Report on vaccination in the Province of Bengal - 1869-1873
Year: 1869
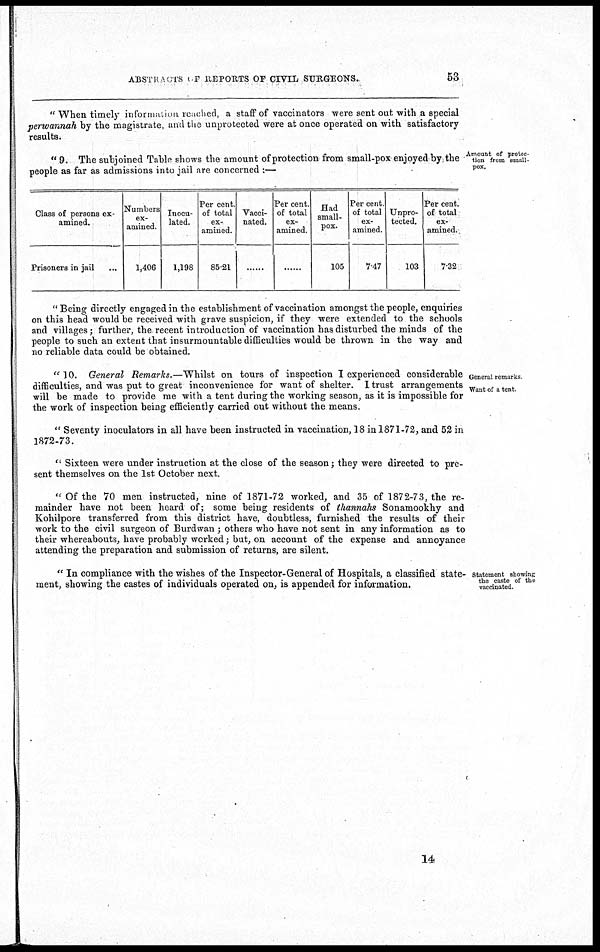
ABSTRACTS OF REPORTS OF CIVIL SURGEONS.
53
" When timely information reached, a staff of vaccinators were sent out with ,a special
perwannah by the magistrate, and the unprotected were at once operated on with satisfactory
results.
Amount of protec-
tion from small-
pox.
" 9. The subjoined Table shows the amount of protection from small-pox enjoyed by the
people as far as admissions into jail are concerned :—
Class of persons ex-
amined.
Prisoners in jail ...
Numbers
ex-
amined.
1,406
Inocu-
lated.
1,198
Per cent.
of total
ex-
amined.
85.21
Vacci-
nated.
......
Per cent.
of total
ex-
amined.
......
Bad
small-
pox.
105
Per cent.
of total
ex-
amined.
7.47
Unpro-
tected.
103
Per cent.
of total
ex-
amined.
7.32
" Being directly engaged in the establishment of vaccination amongst the people, enquiries
on this head would be received with grave suspicion, if they were extended to the schools
and villages; further, the recent introduction of vaccination has disturbed the minds of the
people to such an extent that insurmountable difficulties would be thrown in the way and
no reliable data could be obtained.
General remarks
Want of a tent.
"10. General Remarks.—Whilst on tours of inspection I experienced considerable
difficulties, and was put to great inconvenience for want of shelter. I trust arrangements
will be made to provide me with a tent during the working season, as it is impossible for
the work of inspection being efficiently carried out without the means.
" Seventy inoculators in all have been instructed in vaccination, 18 in 1871-72, and 52 in
1872-73.
" Sixteen were under instruction at the close of the season ; they were directed to pre-
sent themselves on the 1st October next.
" Of the 70 men instructed, nine of 1871-72 worked, and 35 of 1872-73, the re-
mainder have not been heard of; some being residents of thannahs Sonamookhy and
Kohilpore transferred from this district have, doubtless, furnished the results of their
work to the civil surgeon of Burdwan ; others who have not sent in any information as to
their whereabouts, have probably worked; but, on account of the expense and annoyance
attending the preparation and submission of returns, are silent.
Statement showing
the caste of the
vaccinated.
" In compliance with the wishes of the Inspector-General of Hospitals, a classified state-
ment, showing the castes of individuals operated on, is appended for information.
14